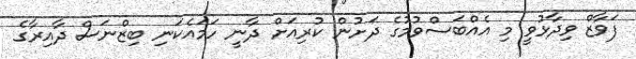
ފަވާޒް ވިދާޅުވީ މި އެއްބަސްވުމުގެ ދަށުން ކުރިއަށް ދާނީ ހަމައެކަނި ބިޒްނަސް ދާއިރާގެ